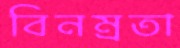
বিনম্রতা